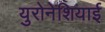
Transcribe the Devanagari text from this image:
युरोनेशियाई